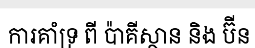
ការគាំទ្រ ពី ប៉ាគីស្ថាន និង ប៊ីន